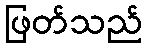
ဖြတ်သည်